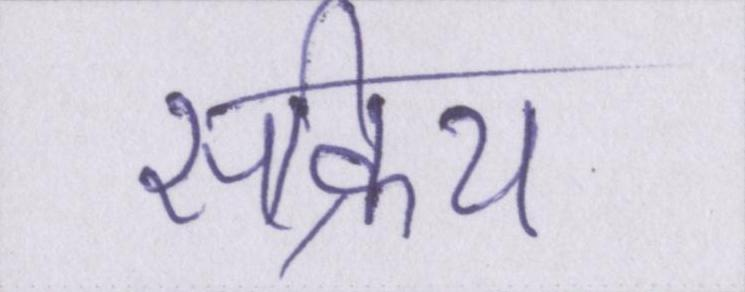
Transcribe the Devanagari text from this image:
सक्रिय